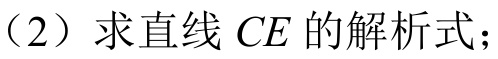
（2）求直线 \(CE\) 的解析式；